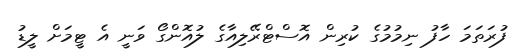
ފުރަތަމަ ހާފު ނިމުމުގެ ކުރިން އޮސްޓްރޭލިއާގެ ލުއޮންގޯ ވަނީ އެ ޓީމަށް ލީޑު